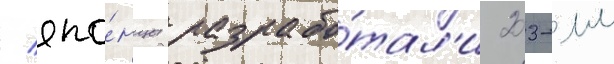
/ япо́нцы разрабо́тал'и 203-мм